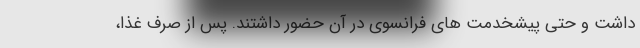
داشت و حتی پیشخدمت های فرانسوی در آن حضور داشتند. پس از صرف غذا،